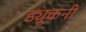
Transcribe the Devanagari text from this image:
ड्यूकनी